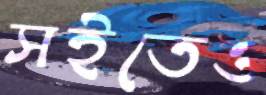
সইতেও